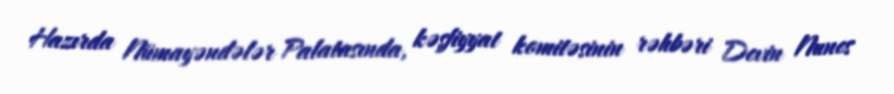
Hazırda Nümayəndələr Palatasında, kəşfiyyat komitəsinin rəhbəri Devin Nunes